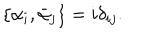
\{ \alpha _ { i } , \bar { \alpha } _ { j } \} = i \delta _ { i j } .